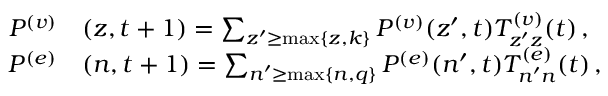
\begin{array} { r } { \begin{array} { r l } { P ^ { ( v ) } } & { ( z , t + 1 ) = \sum _ { z ^ { \prime } \ge \operatorname* { m a x } \lbrace z , k \rbrace } P ^ { ( v ) } ( z ^ { \prime } , t ) T _ { z ^ { \prime } z } ^ { ( v ) } ( t ) \, , } \\ { P ^ { ( e ) } } & { ( n , t + 1 ) = \sum _ { n ^ { \prime } \ge \operatorname* { m a x } \lbrace n , q \rbrace } P ^ { ( e ) } ( n ^ { \prime } , t ) T _ { n ^ { \prime } n } ^ { ( e ) } ( t ) \, , } \end{array} } \end{array}